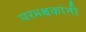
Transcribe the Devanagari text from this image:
परभक्षकांनी